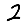
Digit: 2